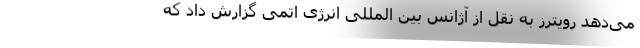
می‌دهد رویترز به نقل از آژانس بین المللی انرژی اتمی گزارش داد که